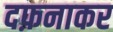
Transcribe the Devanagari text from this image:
दफ़नाकर